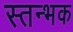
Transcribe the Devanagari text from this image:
स्तन्भक